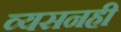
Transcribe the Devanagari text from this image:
व्यसनही